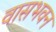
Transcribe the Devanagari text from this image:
वासभवन